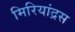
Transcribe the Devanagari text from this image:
मिरियांद्रस